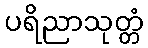
ပရိညာသုတ္တံ